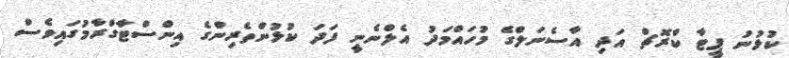
ކުޅުނު ޕީޓާ ކްރޮޗް އަދި އާސެނަލްގެ މުހައްމަދު އެލްނެނީ ފަދަ ކުޅުންތެރިންގެ އިންސްޓާގްރާމުގައިވެސް